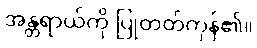
အန္တရာယ်ကို ပြုတတ်ကုန်၏။